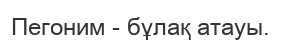
Пегоним - бұлақ атауы.